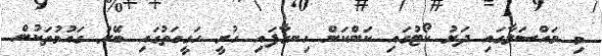
މި މައްސަލާގައި ދަށު ކޯޓުގައި ކަންކަން ހިނގާފައި ހުރީ ހަގީގަތުގައި ބޭރު ގައުމުތަކުން